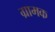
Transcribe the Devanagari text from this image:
ग्रामक